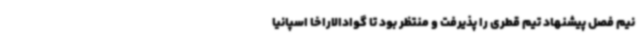
نیم فصل پیشنهاد تیم قطری را پذیرفت و منتظر بود تا گوادالاراخا اسپانیا